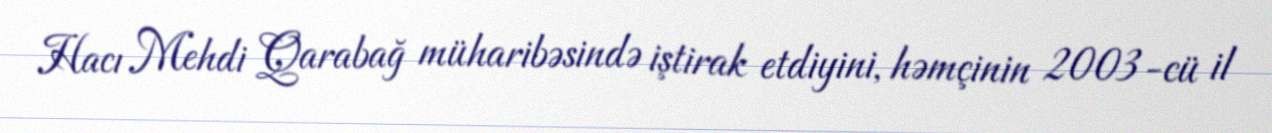
Hacı Mehdi Qarabağ müharibəsində iştirak etdiyini, həmçinin 2003-cü il